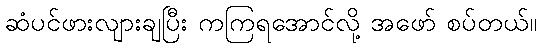
ဆံပင်ဖားလျားချပြီး ကကြရအောင်လို့ အဖော် စပ်တယ်။